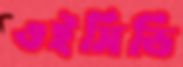
ওইসিডি